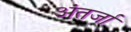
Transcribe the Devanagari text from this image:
अंतर्जा